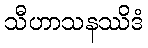
သီဟာသနဿိဒံ